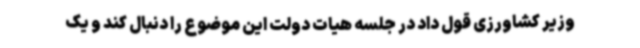
وزیر کشاورزی قول داد در جلسه هیات دولت این موضوع را دنبال کند و یک